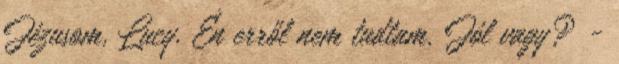
Jézusom, Lucy. Én erről nem tudtam. Jól vagy? -